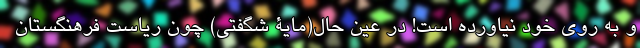
و به روی خود نیاورده است! در عین حال(مایۀ شگفتی) چون ریاست فرهنگستان